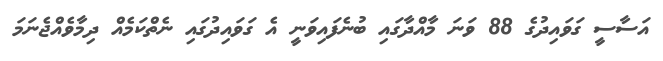
އަސާސީ ގަވައިދުގެ 88 ވަނަ މާއްދާގައި ބުނެފައިވަނީ އެ ގަވައިދުގައި ނެތްކަމެއް ދިމާވެއްޖެނަމަ